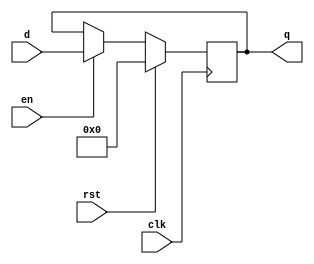
`timescale 1ns/1ns

module pc_pcnxt(clk, rst,en ,q,d);

parameter n=32;

input clk,rst;
input [n-1:0] d;
input en;

output reg [n-1:0] q;

always @ (posedge clk)

  if(rst) begin
    q<=0;
  end
  else if (!en) begin
   q<=q;
 end
  else begin
    q<=d;
  end
  
endmodule